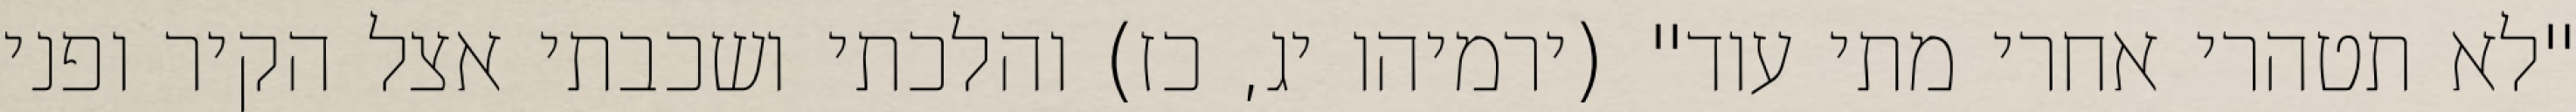
"לא תטהרי אחרי מתי עוד" (ירמיהו יג, כז) והלכתי ושכבתי אצל הקיר ופני